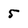
Character: 5